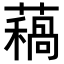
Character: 𧀁